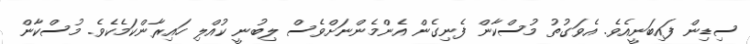
ސިޑިން ފައިބަނީއެވެ. އެވަގުތު މުސްކާން ފެނިގެން އެންމެންނަށްވެސް ލިބުނީ ކުއްލި ހައިރާންކަމެކެވެ. މުސްކާން